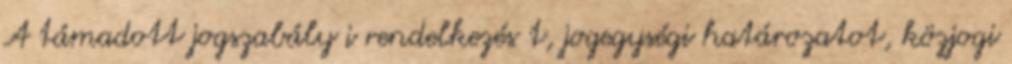
A támadott jogszabály i rendelkezés t, jogegységi határozatot, közjogi